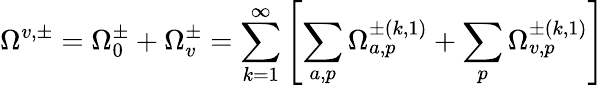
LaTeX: \Omega^{v,\pm}=\Omega_{0}^{\pm}+\Omega_{v}^{\pm}=\sum_{k=1}^{\infty}\left[\sum_{a,p}\Omega_{a,p}^{\pm(k,1)}+\sum_{p}\Omega_{v,p}^{\pm(k,1)}\right]